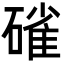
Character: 𮀿